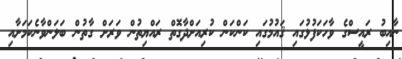
ނާއިބު ރައީސްގެ ވާހަކަފުޅުގައި ޤައުމުގައި ކަންކަން ކުރިއަށްދާގޮތް ރައްޔިތުން ވަރަށް ގާތުން ބަލަންވާނެކަމަށާއި